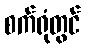
စက်ရုံတွင်